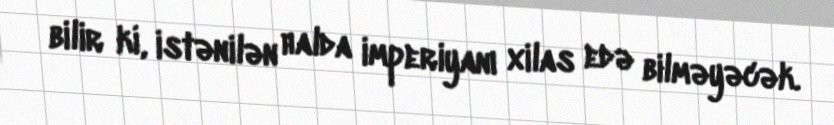
bilir ki, istənilən halda imperiyanı xilas edə bilməyəcək.